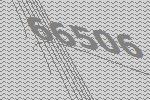
66506